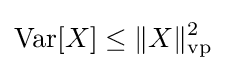
\mathrm {Var} [X]\leq \|X\|_{\mathrm {vp} }^{2}